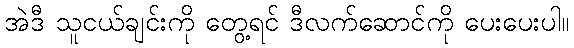
အဲဒီ သူငယ်ချင်းကို တွေ့ရင် ဒီလက်ဆောင်ကို ပေးပေးပါ။